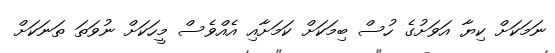
ނަމަކަށް ކިޔާ އަވަށުގެ ހުސް ބިމަކަށް ކަމަށާއި އެއްވެސް މީހަކަށް ނުވަތަ ތަނަކަށް